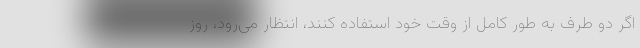
اگر دو طرف به طور کامل از وقت خود استفاده کنند، انتظار می‌رود، روز